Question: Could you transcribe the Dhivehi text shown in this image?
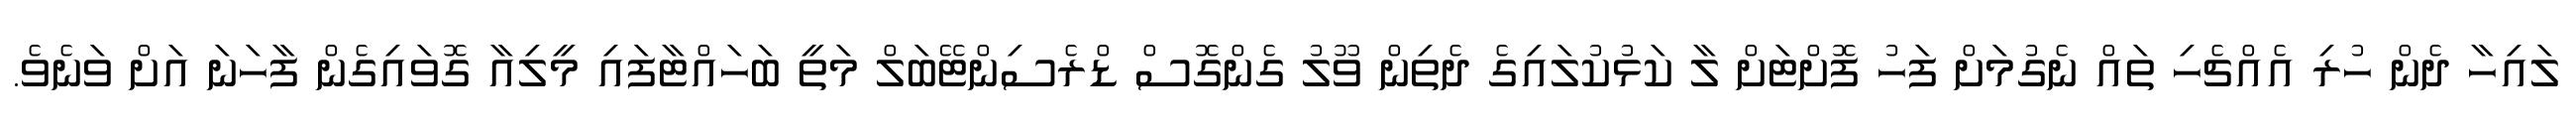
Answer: ލައިހާ ދެން ހުރި އެއްޗެހި ތައް ނެގުމަށް ފަހު ފޮށްޓަށް ލާ ކަޅުކުލައިގެ ދެތިން ވޫލު ގެންގޮސް ޑްރެސިންޓޭބަލް މަތީ ބަހައްޓާފައި މީލިއާ ގޮވައިގެން ފާހަނަ އަށް ވަނެވެ.